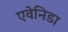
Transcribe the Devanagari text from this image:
एवेनिडा